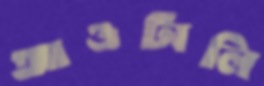
আওটালি